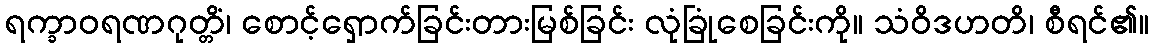
ရက္ခာဝရဏဂုတ္တိံ၊ စောင့်ရှောက်ခြင်းတားမြစ်ခြင်း လုံခြုံစေခြင်းကို။ သံဝိဒဟတိ၊ စီရင်၏။